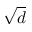
\sqrt { d }